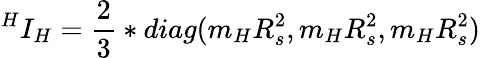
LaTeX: {^H}I_{H}={\frac{2}{3}}*diag(m_{H}R_{s}^{2},m_{H}R_{s}^{2},m_{H}R_{s}^{2})